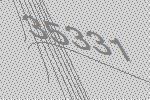
35331